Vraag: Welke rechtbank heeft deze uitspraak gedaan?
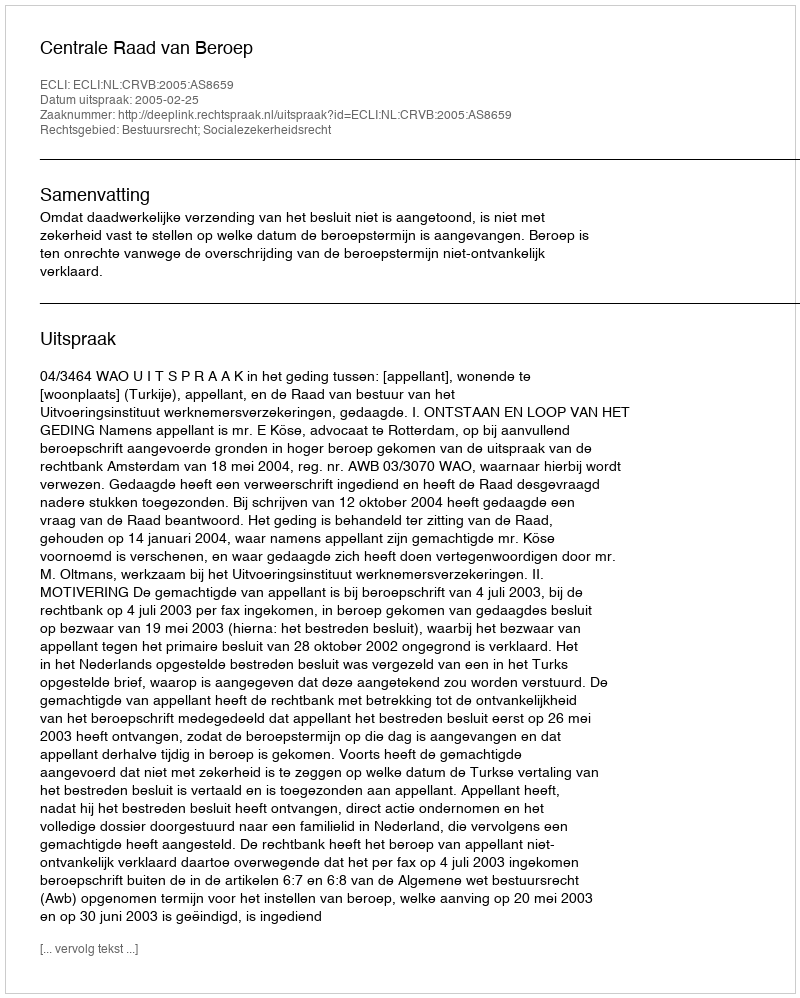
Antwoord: Centrale Raad van Beroep